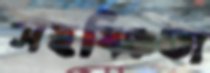
সহষ্ঞিতা